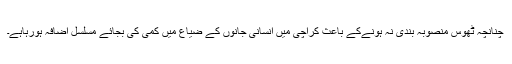
چنانچہ ٹھوس منصوبہ بندی نہ ہونےکے باعث کراچی میں انسانی جانوں کے ضیاع میں کمی کی بجائے مسلسل اضافہ ہورہاہے۔